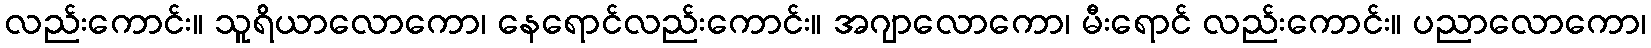
လည်းကောင်း။ သူရိယာလောကော၊ နေရောင်လည်းကောင်း။ အဂျာလောကော၊ မီးရောင် လည်းကောင်း။ ပညာလောကော၊